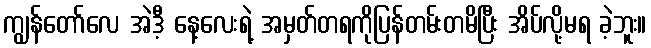
ကျွန်တော်လေ အဲဒီ့ နေ့လေးရဲ့ အမှတ်တရကိုပြန်တမ်းတမိပြီး အိပ်လို့မရ ခဲ့ဘူး။